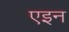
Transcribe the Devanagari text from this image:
एइन